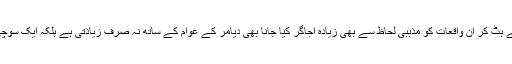
پرنٹ ، الیکٹرانک اور سوشل میڈیا سے ہٹ کر ان واقعات کو مذہبی لحاظ سے بھی زیادہ اجاگر کیا جانا بھی دیامر کے عوام کے ساتھ نہ صرف زیادتی ہے بلکہ ایک سوچی سمجھی سازش ہی کہا جاسکتا ہے ۔